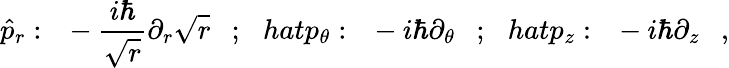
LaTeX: \hat{p}_{r}:\ \ -\frac{i\hbar}{\sqrt{r}}\partial_{r}\sqrt{r}\ \ \ ;\ \ \, hat{p}_{\theta}:\ \ -i\hbar\partial_{\theta}\ \ \ ;\ \ \, hat{p}_{z}:\ \ -i\hbar\partial_{z}\ \ \ ,